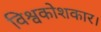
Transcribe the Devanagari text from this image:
विश्वकोशकार।